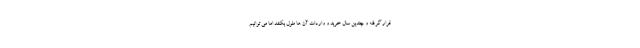
قرار گرفته و چندین سال خرید و واردات آن ها طول بکشد اما می توانیم